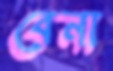
বেনা